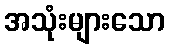
အသုံးများသော